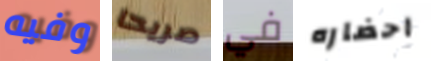
وفيه صريحا في احضاره